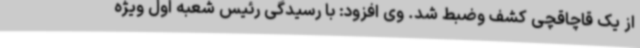
از یک قاچاقچی کشف وضبط شد. وی افزود: با رسیدگی رئیس شعبه اول ویژه